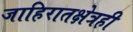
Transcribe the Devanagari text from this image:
जाहिरातक्षेत्रही